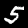
Label: 5